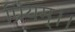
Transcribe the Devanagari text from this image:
प्रियम्।।